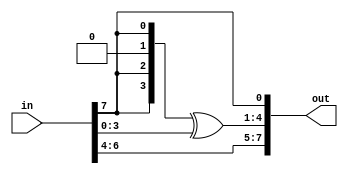
//---------------------------------------------------------------------------------------
//
//	mix_columns modules file (converted from mix_columns functions)
//
//	Description:
//		This file includes all functions implemented in the mix_columns.v original file 
//		but implemented as modules. 
//
//  Author(s):
//      - Moti Litochevski
//
//---------------------------------------------------------------------------------------

// (multiply 2)
module xtimes (
	in, out
);
 
input	[7:0]	in;
output	[7:0]	out;
 
wire [3:0] xt;

assign xt[3] = in[7];
assign xt[2] = in[7];
assign xt[1] = 1'b0;
assign xt[0] = in[7];

assign out[7:5] = in[6:4];
assign out[4:1] = xt[3:0] ^ in[3:0];
assign out[0]   = in[7];

endmodule
//---------------------------------------------------------------------------------------
// multiply 3
module MUL3 (
	in, out
);
 
input	[7:0]	in;
output	[7:0]	out;
 
wire [7:0] xt;

xtimes xt_u (.in(in), .out(xt));

assign out = xt ^ in;

endmodule
//---------------------------------------------------------------------------------------
// multiply E
module MULE (
	in, out
);
 
input	[7:0]	in;
output	[7:0]	out;
 
wire [7:0] xt1, xt2, xt3;

xtimes xt_u1 (.in(in), .out(xt1));
xtimes xt_u2 (.in(xt1), .out(xt2));
xtimes xt_u3 (.in(xt2), .out(xt3));

assign out = xt3 ^ xt2 ^ xt1;

endmodule
//---------------------------------------------------------------------------------------
// multiply B
module MULB (
	in, out
);
 
input	[7:0]	in;
output	[7:0]	out;
 
wire [7:0] xt1, xt2, xt3;

xtimes xt_u1 (.in(in), .out(xt1));
xtimes xt_u2 (.in(xt1), .out(xt2));
xtimes xt_u3 (.in(xt2), .out(xt3));

assign out = xt3 ^ xt1 ^ in;

endmodule
//---------------------------------------------------------------------------------------
// multiply D
module MULD (
	in, out
);
 
input	[7:0]	in;
output	[7:0]	out;
 
wire [7:0] xt1, xt2, xt3;

xtimes xt_u1 (.in(in), .out(xt1));
xtimes xt_u2 (.in(xt1), .out(xt2));
xtimes xt_u3 (.in(xt2), .out(xt3));

assign out = xt3 ^ xt2 ^ in;

endmodule
//---------------------------------------------------------------------------------------
// multiply 9
module MUL9 (
	in, out
);
 
input	[7:0]	in;
output	[7:0]	out;
 
wire [7:0] xt1, xt2, xt3;

xtimes xt_u1 (.in(in), .out(xt1));
xtimes xt_u2 (.in(xt1), .out(xt2));
xtimes xt_u3 (.in(xt2), .out(xt3));

assign out = xt3 ^ in;

endmodule
//---------------------------------------------------------------------------------------
module byte_mix_columns (
	a, b, c, d, out
);
 
input	[7:0]	a, b, c, d;
output	[7:0]	out;
 
wire [7:0] mul2, mul3;

xtimes xt_u (.in(a), .out(mul2));
MUL3 mul3_u (.in(b), .out(mul3));

assign out = mul2 ^ mul3 ^ c ^ d;

endmodule
//---------------------------------------------------------------------------------------
module inv_byte_mix_columns (
	a, b, c, d, out
);
 
input	[7:0]	a, b, c, d;
output	[7:0]	out;
 
wire [7:0] mule, mulb, muld, mul9;

MULE mule_u (.in(a), .out(mule));
MULB mulb_u (.in(b), .out(mulb));
MULD muld_u (.in(c), .out(muld));
MUL9 mul9_u (.in(d), .out(mul9));

assign out = mule ^ mulb ^ muld ^ mul9;

endmodule
//---------------------------------------------------------------------------------------
// Mix Columns for encryption word
module word_mix_columns (
	in, out
);
 
input	[31:0]	in;
output	[31:0]	out;
 
wire [7:0] si0,si1,si2,si3;
wire [7:0] so0,so1,so2,so3;

assign si0[7:0] = in[31:24];
assign si1[7:0] = in[23:16];
assign si2[7:0] = in[15:8];
assign si3[7:0] = in[7:0];

byte_mix_columns so0_u (.a(si0), .b(si1), .c(si2), .d(si3), .out(so0));
byte_mix_columns so1_u (.a(si1), .b(si2), .c(si3), .d(si0), .out(so1));
byte_mix_columns so2_u (.a(si2), .b(si3), .c(si0), .d(si1), .out(so2));
byte_mix_columns so3_u (.a(si3), .b(si0), .c(si1), .d(si2), .out(so3));

assign out = {so0, so1, so2, so3};

endmodule
//---------------------------------------------------------------------------------------
// inverse Mix Columns for decryption word
module inv_word_mix_columns (
	in, out
);
 
input	[31:0]	in;
output	[31:0]	out;
 
wire [7:0] si0,si1,si2,si3;
wire [7:0] so0,so1,so2,so3;

assign si0 = in[31:24];
assign si1 = in[23:16];
assign si2 = in[15:8];
assign si3 = in[7:0];
	
inv_byte_mix_columns so0_u (.a(si0), .b(si1), .c(si2), .d(si3), .out(so0));
inv_byte_mix_columns so1_u (.a(si1), .b(si2), .c(si3), .d(si0), .out(so1));
inv_byte_mix_columns so2_u (.a(si2), .b(si3), .c(si0), .d(si1), .out(so2));
inv_byte_mix_columns so3_u (.a(si3), .b(si0), .c(si1), .d(si2), .out(so3));
	
assign out = {so0, so1, so2, so3};

endmodule
//---------------------------------------------------------------------------------------
// Mix columns size: 4 words
module mix_columns (
	in, out
);
 
input	[127:0]	in;
output	[127:0]	out;

wire [31:0] so0,so1,so2,so3;

word_mix_columns so0_u (.in(in[127:96]), .out(so0));
word_mix_columns so1_u (.in(in[95:64]),  .out(so1));
word_mix_columns so2_u (.in(in[63:32]),  .out(so2));
word_mix_columns so3_u (.in(in[31:0]),   .out(so3));

assign out = {so0, so1, so2, so3};

endmodule
//---------------------------------------------------------------------------------------
// Inverse Mix columns size: 4 words
module inv_mix_columns (
	in, out
);
 
input	[127:0]	in;
output	[127:0]	out;

wire [31:0] so0,so1,so2,so3;

inv_word_mix_columns so0_u (.in(in[127:96]), .out(so0));
inv_word_mix_columns so1_u (.in(in[95:64]),  .out(so1));
inv_word_mix_columns so2_u (.in(in[63:32]),  .out(so2));
inv_word_mix_columns so3_u (.in(in[31:0]),   .out(so3));

assign out = {so0, so1, so2, so3};

endmodule
//---------------------------------------------------------------------------------------